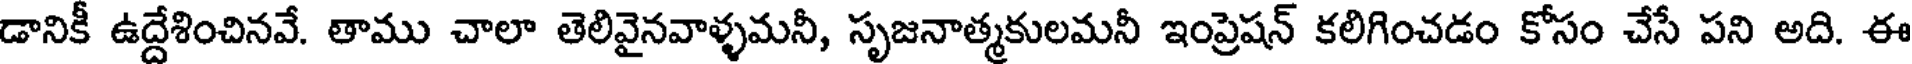
డానికీ ఉద్దేశించినవే. తాము చాలా తెలివైనవాళ్ళమనీ, సృజనాత్మకులమనీ ఇంప్రెషన్ కలిగించడం కోసం చేసే పని అది. ఈ